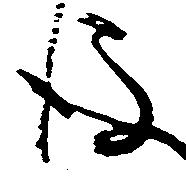
後